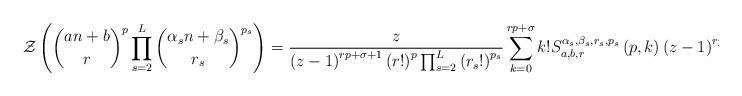
LaTeX: \begin{align*}\mathcal{Z}\left( \binom{an+b}{r}^{p}\prod_{s=2}^{L}\binom{\alpha_{s}n+\beta _{s}}{r_{s}}^{p_{s}}\right) =\frac{z}{\left( z-1\right)^{rp+\sigma +1}\left( r!\right) ^{p}\prod_{s=2}^{L}\left( r_{s}!\right)^{p_{s}}}\sum_{k=0}^{rp+\sigma }k!S_{a,b,r}^{\alpha _{s},\beta_{s},r_{s},p_{s}}\left( p,k\right) \left( z-1\right) ^{rp+\sigma -k}.\end{align*}